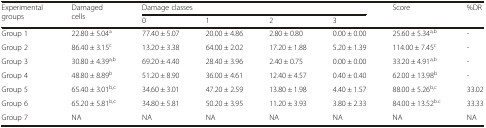
| <ROWSPAN=2> Experimental groups | <ROWSPAN=2> Damaged cells | <COLSPAN=4> Damage classes | <ROWSPAN=2> Score | <ROWSPAN=2> %DR |
 | 0 | 1 | 2 | 3 |
 | --- | --- | --- | --- | --- | --- | --- | --- |
 | Group 1 | 22.80 ± 5.04a | 77.40 ± 5.07 | 20.00 ± 4.86 | 2.80 ± 0.80 | 0.00 ± 0.00 | 25.60 ± 5.34a,b | - |
 | Group 2 | 86.40 ± 3.15c | 13.20 ± 3.38 | 64.00 ± 2.02 | 17.20 ± 1.88 | 5.20 ± 1.39 | 114.00 ± 7.45c | - |
 | Group 3 | 30.80 ± 4.39a,b | 69.20 ± 4.40 | 28.40 ± 3.96 | 2.40 ± 0.75 | 0.00 ± 0.00 | 33.20 ± 4.91a,b | - |
 | Group 4 | 48.80 ± 8.89b | 51.20 ± 8.90 | 36.00 ± 4.61 | 12.40 ± 4.57 | 0.40 ± 0.40 | 62.00 ± 13.98b | - |
 | Group 5 | 65.40 ± 3.01b,c | 34.60 ± 3.01 | 47.20 ± 2.59 | 13.80 ± 1.98 | 4.40 ± 1.57 | 88.00 ± 5.26b,c | 33.02 |
 | Group 6 | 65.20 ± 5.81b,c | 34.80 ± 5.81 | 50.20 ± 3.95 | 11.20 ± 3.93 | 3.80 ± 2.33 | 84.00 ± 13.52b.c | 33.33 |
 | Group 7 | NA | NA | NA | NA | NA | NA | NA |